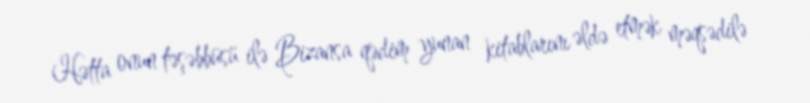
Hətta onun təşəbbüsü ilə Bizansa qədim yunan kitablarını əldə etmək məqsədilə